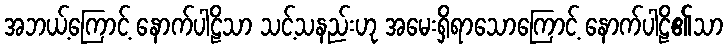
အဘယ့်ကြောင့် နောက်ပါဠိသာ သင့်သနည်းဟု အမေးရှိရာသောကြောင့် နောက်ပါဠိ၏သာ